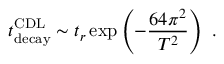
t _ { \mathrm { d e c a y } } ^ { \mathrm { C D L } } \sim t _ { r } \exp \left( - { \frac { 6 4 \pi ^ { 2 } } { T ^ { 2 } } } \right) \ .